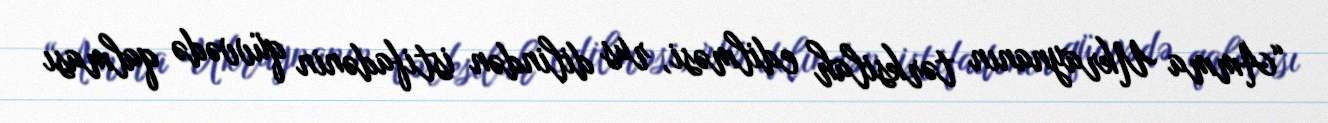
“Amma Ukraynanın tərksilah edilməsi, rus dilindən istifadənin qüvvədə qalması